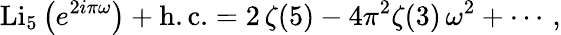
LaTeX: \mathrm{Li}_{5}\left(e^{2i\pi\omega}\right)+\mathrm{h.c.}=2\, \zeta(5)-4\pi^{2}\zeta(3)\, \omega^{2}+\cdots\, ,